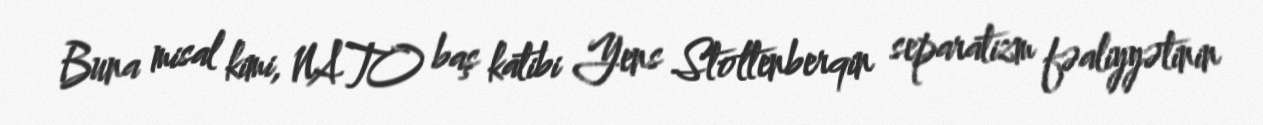
Buna misal kimi, NATO baş katibi Yens Stoltenberqin separatizm fəaliyyətinin